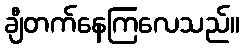
ချီတက်နေကြလေသည်။